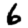
Digit: 6